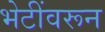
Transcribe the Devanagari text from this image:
भेटींवरून